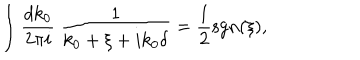
\int \frac { d k _ { 0 } } { 2 \pi i } \ \frac { 1 } { k _ { 0 } + \xi + i k _ { 0 } \delta } = \frac { 1 } { 2 } \mathrm { s g n } ( \xi ) ,